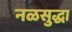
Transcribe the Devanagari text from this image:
नळसुद्धा